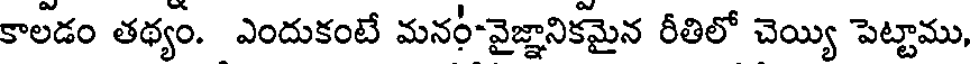
కాలడం తథ్యం. ఎందుకంటే మనరీ-వైజ్ఞానికమైన రీతిలో చెయ్యి పెట్టాము,